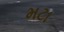
મટા